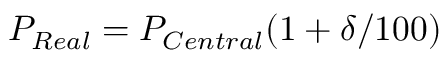
P _ { R e a l } = P _ { C e n t r a l } ( 1 + \delta / 1 0 0 )